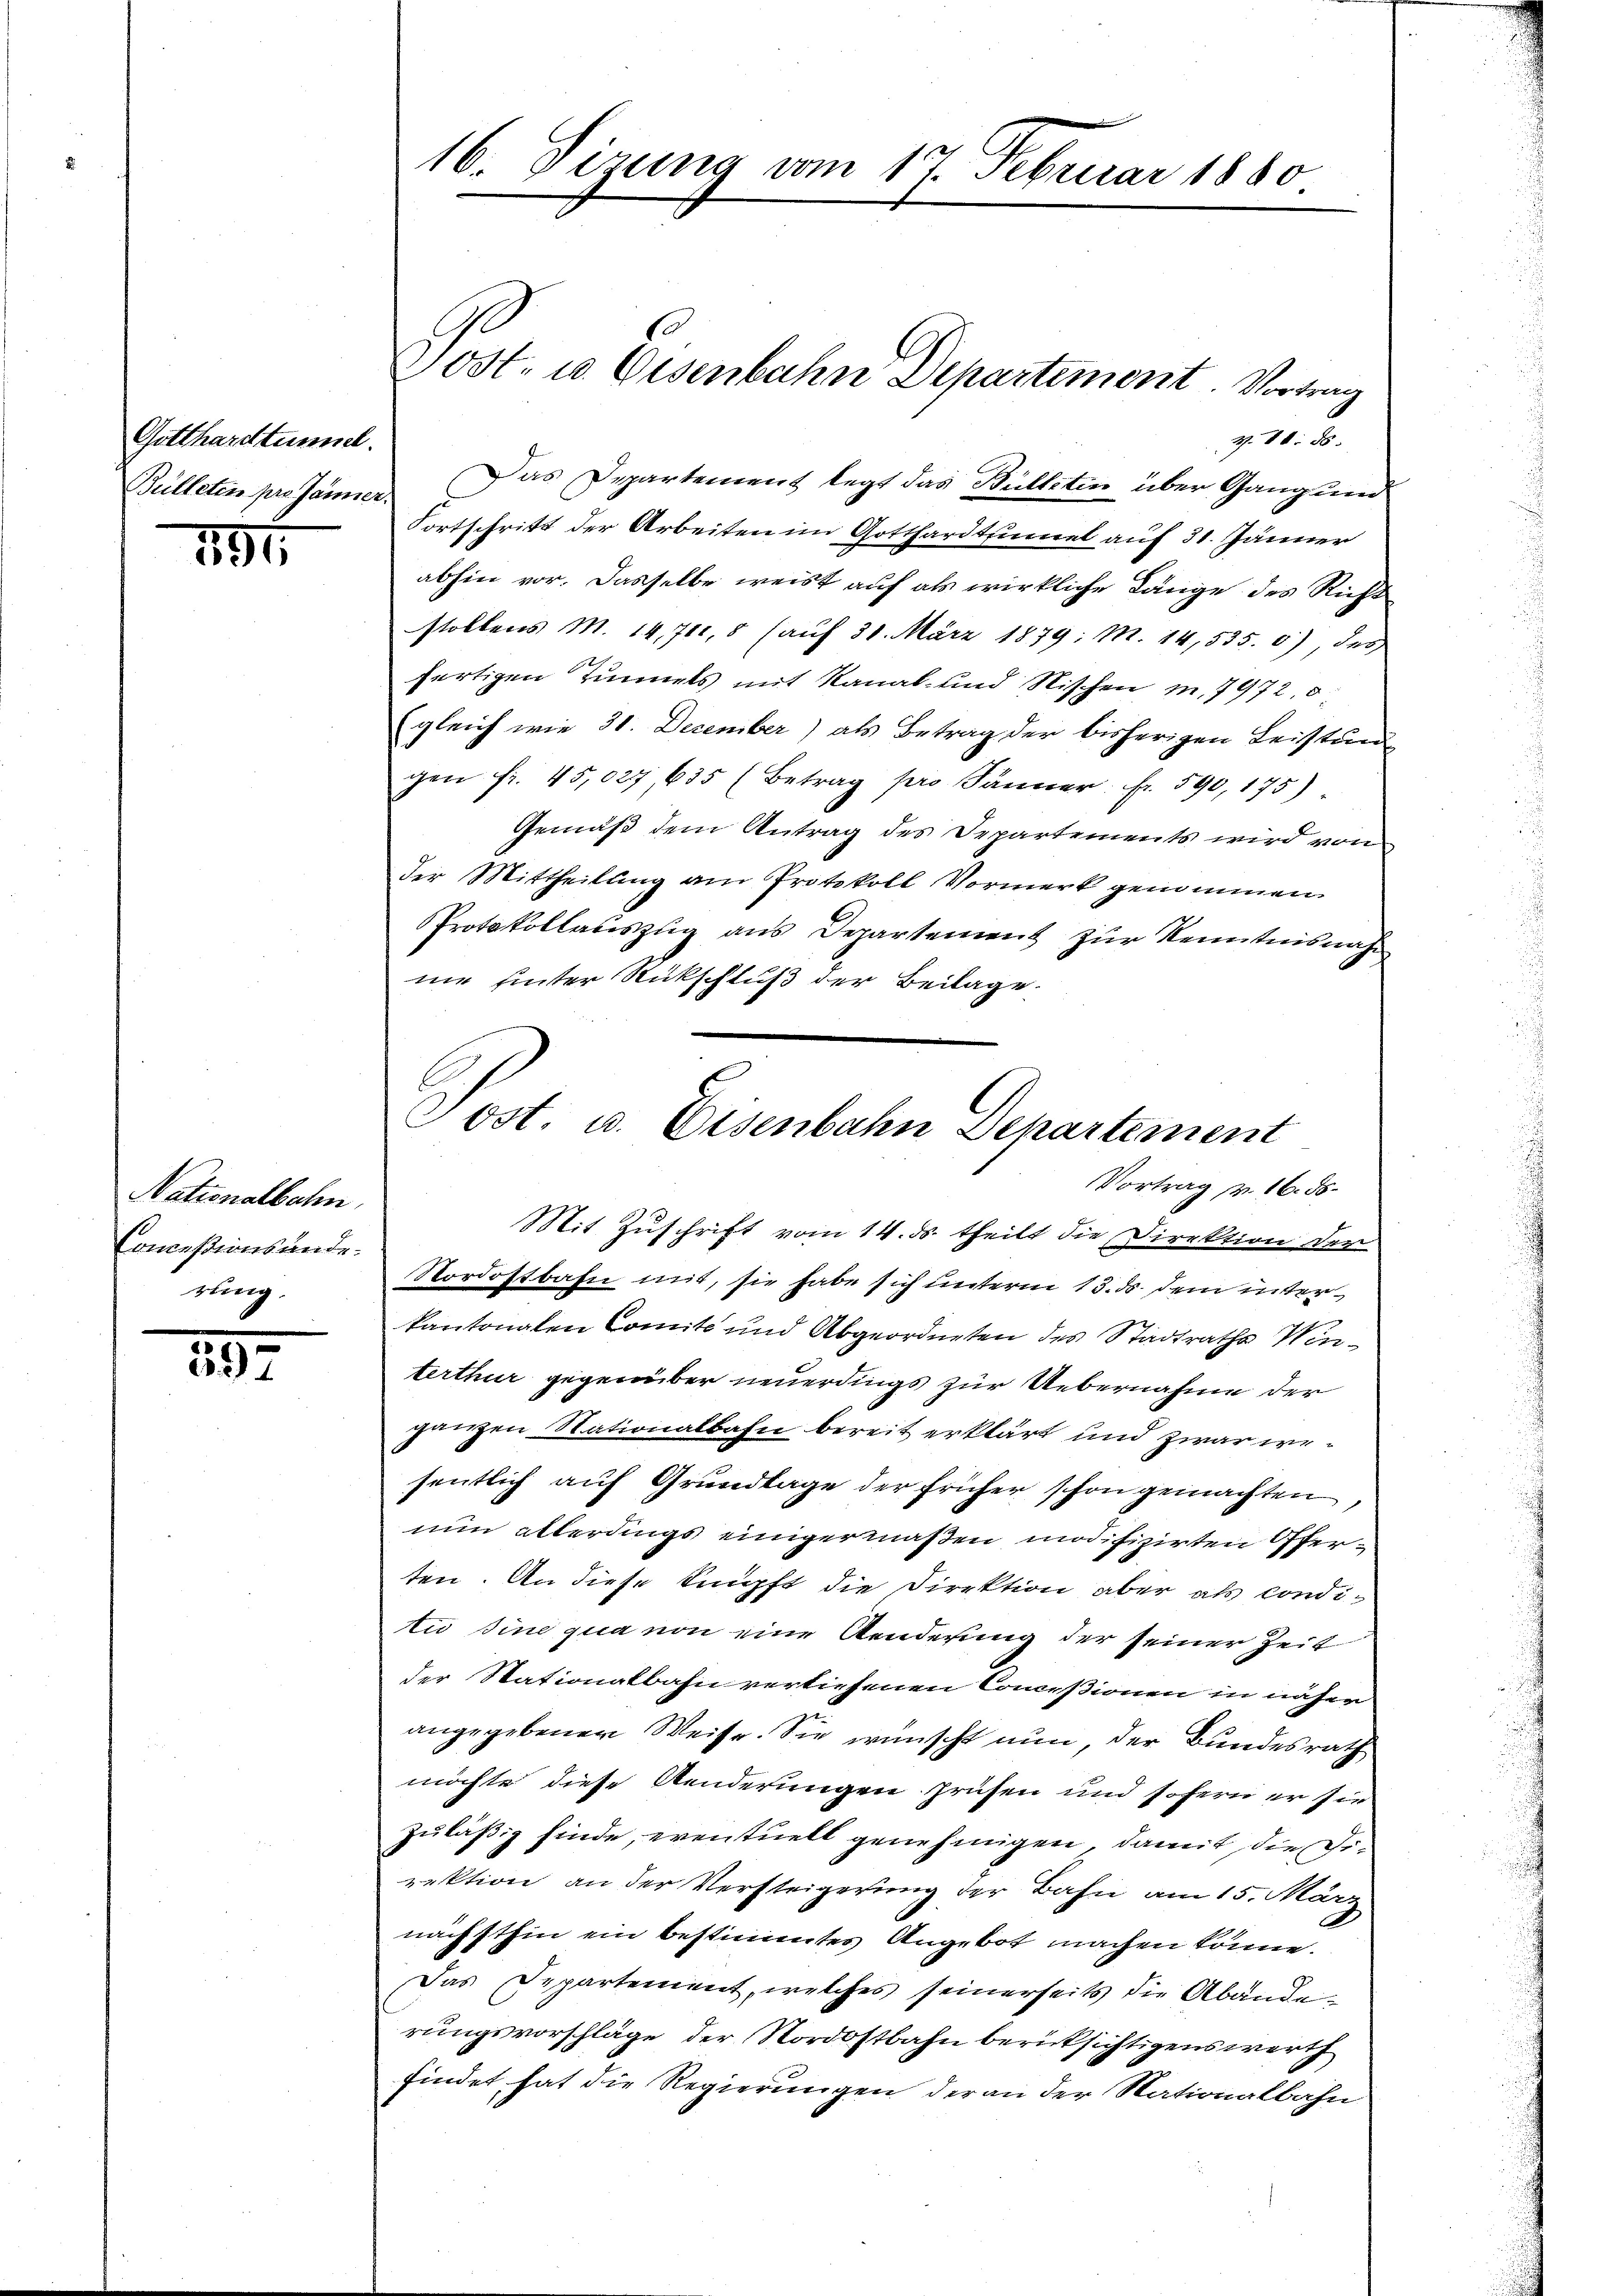
Gotthardtümmel.
Bülleten pr. Jänner.

291.

Nationalbahn
Conceßionsänderung.

29.

16. Sizung vom 17. Februar 1880.

Post- u. Eisenbahne Departement. Vortrag
g
Das Departement legt das Bülletin über Gang und
Fortschritt der Arbeiten im Gotthardtsimel auf 31. Jänner
abhin vor. Dasselbe weist auf als wirkliche Länge des Richt
stollens M. 14,711, 8 (auf 31. März 1879; M. 14,535. 6), des
fertigen Zinnels mit Kanal- und Nischen in 7972. 5
gleich wie 31. December) als Betrag der bisherigen Leistund
gen fr. 45,027, 635 (Betrag pro Jänner. Fr. 590, 175)
Gemäß dem Antrag des Departements wird von
der Mittheilung am Protokoll Vormerk genommen
Protokollauszug aus Departement zur Kenntnisnah
nie hinter Rückschluß der Beilage.

Tost. u. Eisenbahn Departement
Vortrag pr. 16. ds.
Mit Zuschrift vom 14. ds. theilt die Direktion der
Nordostbahn mit, sie habe sich unterm 13. ds. dem inter¬

kantonalen Comité und Abgeordneten des Stadtrath Winterthur gegenüber neuerdings zur Uebernahme der
ganzen Nationalbahn bereit erklärt und zwar wesentlich auf Grundlage der früher schon gemachten,
nun allerdings einigermaßen modifizirten Offerten. An diese knüpft die Direktion aber als conditu sine qua von eine Aenderung der seiner Zeit
der Stationalbahn vertiesenen Concessionen in näher
angegebener Weise. Sie wünscht nun, der Bundesrath
möchte diese Aenderungen prüfen und sofern er sie
zuläßig finde, eventuell genehmigen, damit die Direktion an der Versteigerung der Bahn am 15. März
nächsthin ein bestimmtes Angebot machen könne.
Das Departement, welches seinerseits die Abänderungsvorschläge der Nordostbahn berücksichtigenswerth
findet hat die Regierungen der an der Nationalbahn